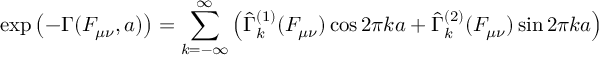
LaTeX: \exp \left( - \Gamma ( F _ { \mu \nu } , a ) \right) = \sum _ { k = - \infty } ^ { \infty } \left( \hat { \Gamma } _ { k } ^ { ( 1 ) } ( F _ { \mu \nu } ) \cos 2 \pi k a + \hat { \Gamma } _ { k } ^ { ( 2 ) } ( F _ { \mu \nu } ) \sin 2 \pi k a \right)